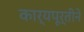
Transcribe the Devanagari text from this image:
कार्यपूर्तीने